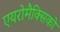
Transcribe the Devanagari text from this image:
एयरोमैक्सिको